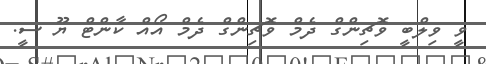
ވީ ވިލްބީ ވޮޗިންގް ދެމް ވޮޗިންގް ދެމް އޯއް ކާންޓް ޔޫ ސީ.